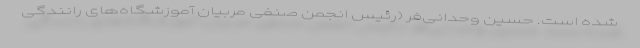
شده است. حسین وحدانی‌فر (رئیس انجمن صنفی مربیان آموزشگاه‌های رانندگی